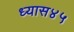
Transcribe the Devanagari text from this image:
ध्यास४५